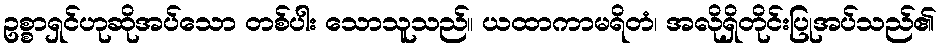
ဥစ္စာရှင်ဟုဆိုအပ်သော တစ်ပါး သောသူသည်။ ယထာကာမရိတံ၊ အလိုရှိတိုင်းပြုအပ်သည်၏